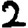
Digit: 2